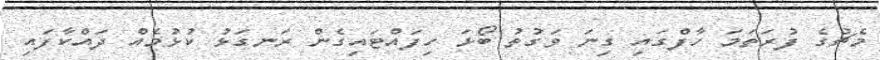
މެޗުގެ ފުރަތަމަ ހާފްގައި ގިނަ ވަގުތު ބޯޅަ ހިފައްޓައިގެން ރަނގަޅު ކުޅުމެއް ދައްކާފައި